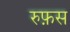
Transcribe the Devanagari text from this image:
रुफ़स